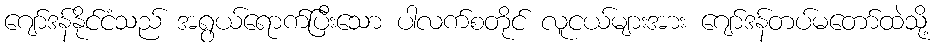
ဂျော်ဒန်နိုင်ငံသည် အရွယ်ရောက်ပြီးသော ပါလက်စတိုင် လူငယ်များအား ဂျော်ဒန်တပ်မတော်ထဲသို့